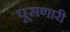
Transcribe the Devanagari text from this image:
पूसणारी